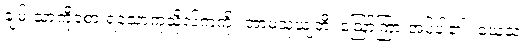
ချမ်းသာကိုခံစားရသောကုသိုလ်ကံကို။ အာမသုယျတိ၊ ဩော်ကြားအပ်ပါ၏။ ယေသံ၊